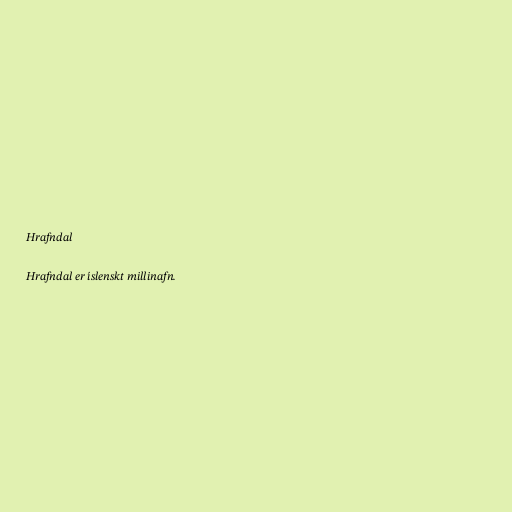
Hrafndal

Hrafndal er íslenskt millinafn.